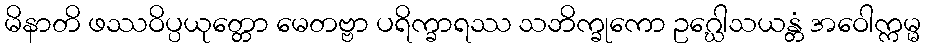
မိနာတိ ဖဿဝိပ္ပယုတ္တော မေတဗ္ဗာ ပရိက္ခာရဿ သဘိက္ခုကော ဥဂ္ဃေါသယန္တံ အဝေါက္ကမ္မ